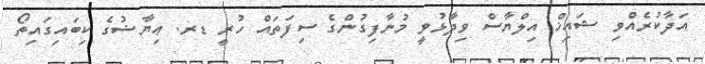
އަދާކުރެއްވި ޝައިޚް އިލްޔާސް ވިދާޅުވީ މުނާފިގުންގެ ސިފަތައް ހުރީ ޑރ. ޢިޔާޟުގެެ ކިބައިގައިތޯ